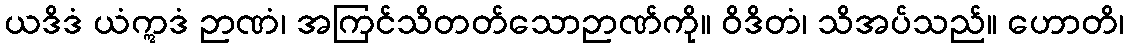
ယဒိဒံ ယံဣဒံ ဉာဏံ၊ အကြင်သိတတ်သောဉာဏ်ကို။ ဝိဒိတံ၊ သိအပ်သည်။ ဟောတိ၊